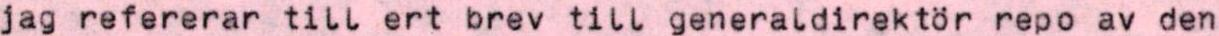
jag refererar till ert brev till generaldirektör repo av den